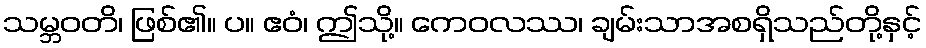
သမ္ဘဝတိ၊ ဖြစ်၏။ ပ။ ဧဝံ၊ ဤသို့။ ကေဝလဿ၊ ချမ်းသာအစရှိသည်တို့နှင့်